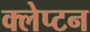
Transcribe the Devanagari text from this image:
क्लेप्टन